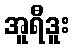
အူရီဒူး